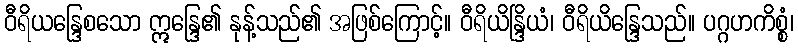
ဝီရိယန္ဒြေစသော ဣန္ဒြေ၏ နုန့်သည်၏ အဖြစ်ကြောင့်။ ဝီရိယိန္ဒြိယံ၊ ဝီရိယိန္ဒြေသည်။ ပဂ္ဂဟကိစ္စံ၊